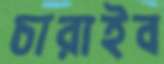
চারাইব